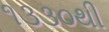
૧૩૩૦થી